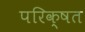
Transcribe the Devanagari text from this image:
परिक्षत